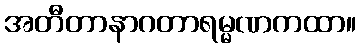
အတီတာနာဂတာရမ္မဏကထာ။